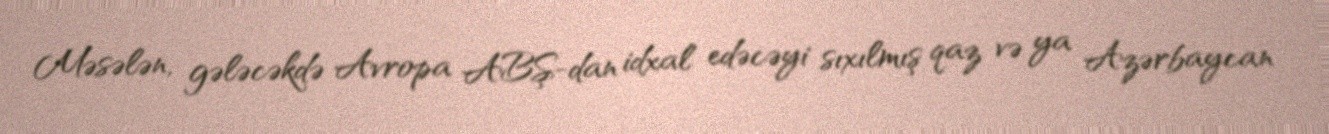
Məsələn, gələcəkdə Avropa ABŞ-dan idxal edəcəyi sıxılmış qaz və ya Azərbaycan